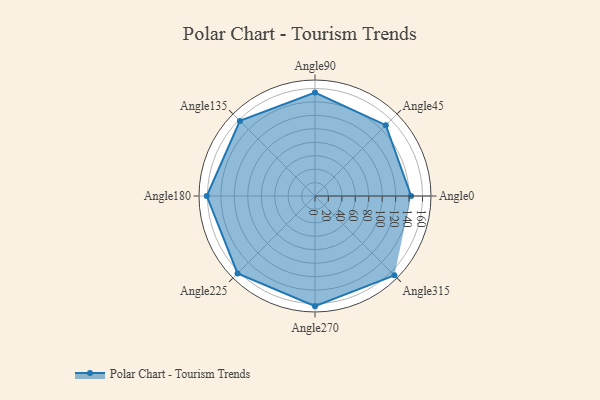
{"axis": {"x": "Angle", "y": "Radius"}, "legend": [""], "data": [{"x": "Angle0", "y": 143.0, "type": ""}, {"x": "Angle45", "y": 149.0, "type": ""}, {"x": "Angle90", "y": 154.0, "type": ""}, {"x": "Angle135", "y": 158.0, "type": ""}, {"x": "Angle180", "y": 161.0, "type": ""}, {"x": "Angle225", "y": 163.0, "type": ""}, {"x": "Angle270", "y": 164.0, "type": ""}, {"x": "Angle315", "y": 167.0, "type": ""}]}